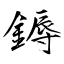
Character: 鎒